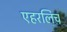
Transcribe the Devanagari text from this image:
एहरलिच